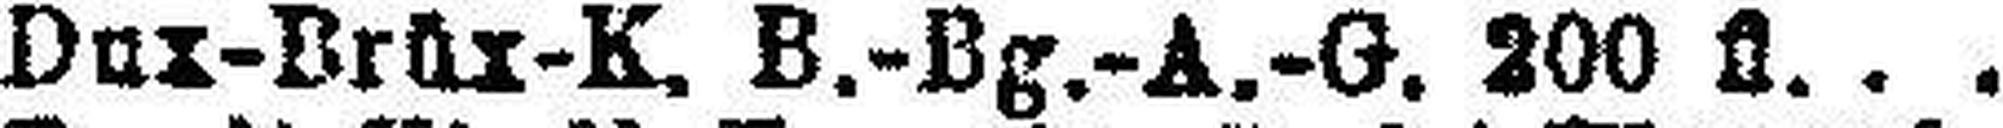
Dux-Brüx-K. B.-Bg.-A.-G. 200 fl.